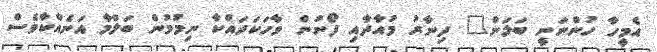
އެމީހާ ހުންނަނީ ބަލަން" ދިނާރު މުއާދާއި ފޯނުން ވާހަކަދައްކާ ނިމުމުން ބަލްމާ އަނެއްކާވެސް